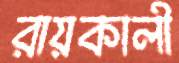
রায়কালী